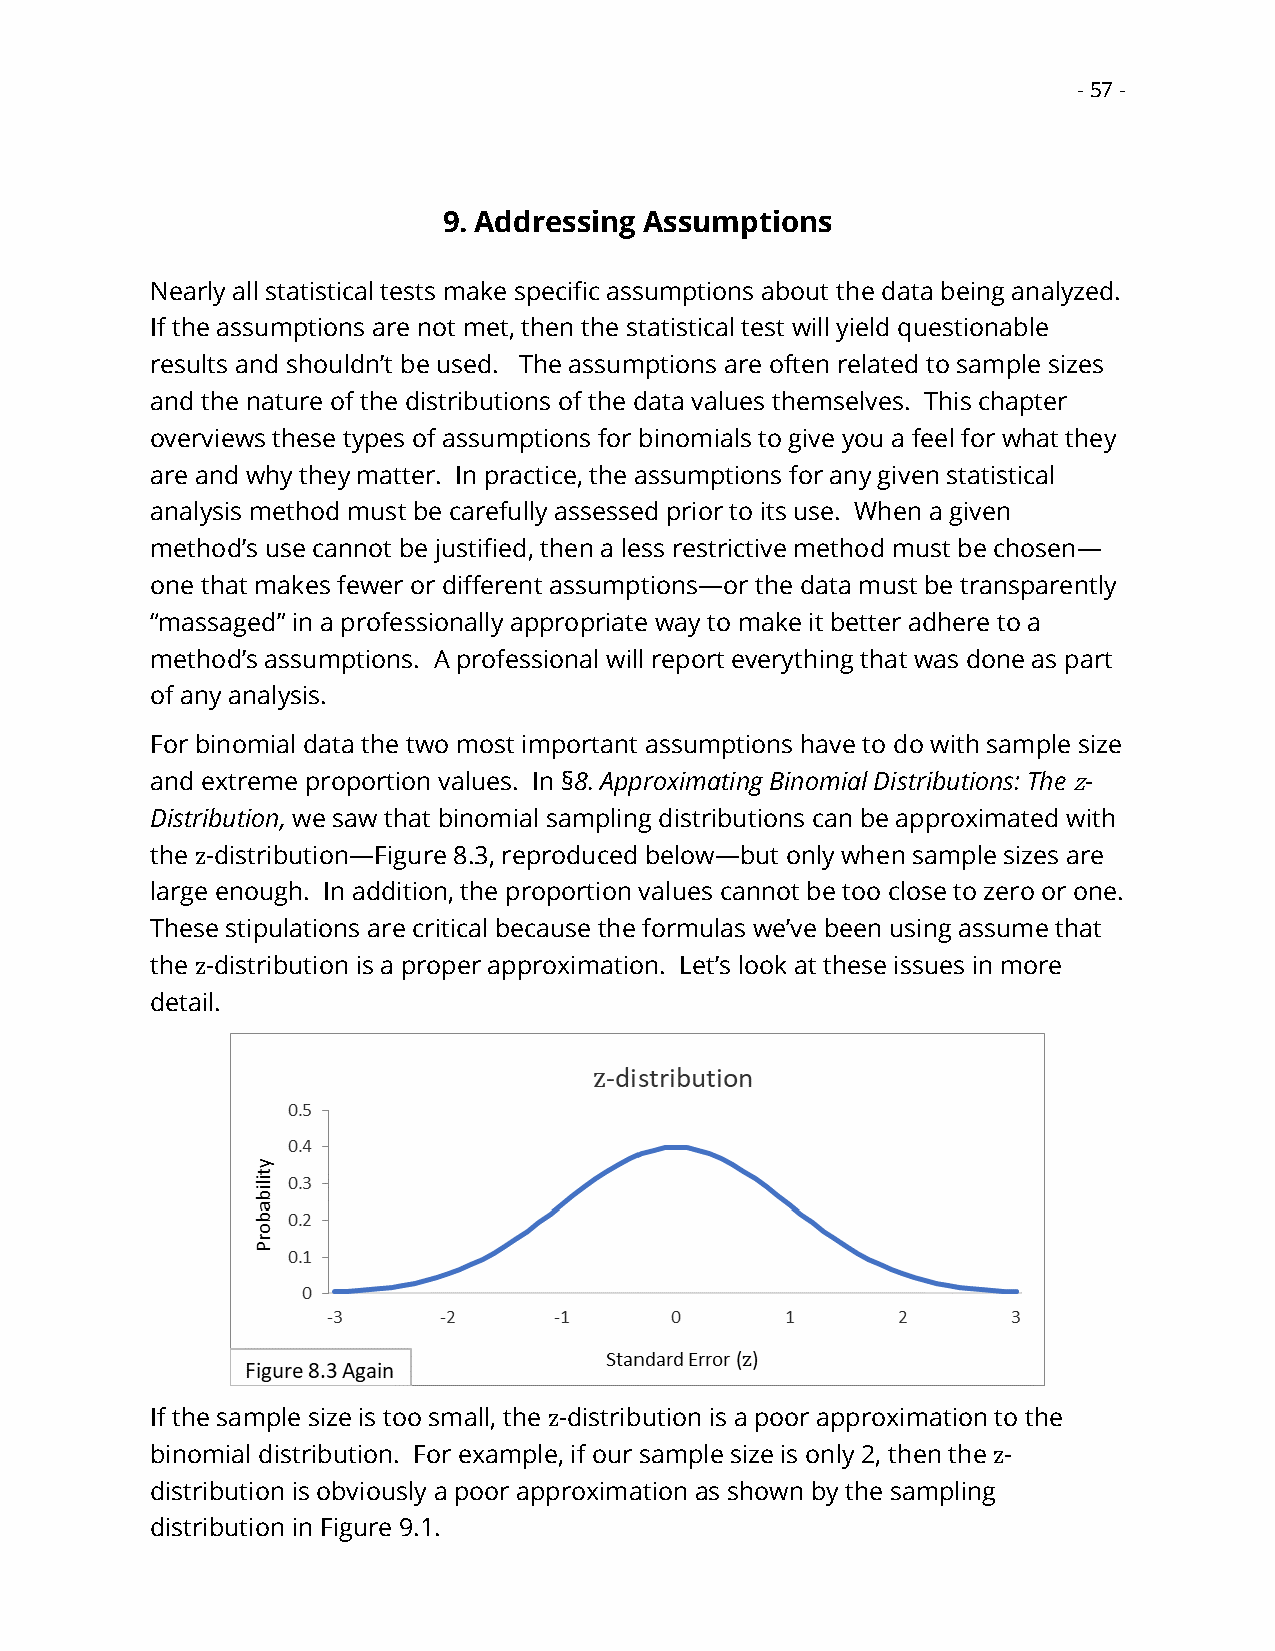
- 57 -
 9. Addressing Assumptions
 Nearly all statistical tests make specific assumptions about the data being analyzed.
 If the assumptions are not met, then the statistical test will yield questionable
 results and shouldn’t be used. The assumptions are often related to sample sizes
 and the nature of the distributions of the data values themselves. This chapter
 overviews these types of assumptions for binomials to give you a feel for what they
 are and why they matter. In practice, the assumptions for any given statistical
 analysis method must be carefully assessed prior to its use. When a given
 method’s use cannot be justified, then a less restrictive method must be chosen—
 one that makes fewer or different assumptions—or the data must be transparently
 “massaged” in a professionally appropriate way to make it better adhere to a
 method’s assumptions. A professional will report everything that was done as part
 of any analysis.
 For binomial data the two most important assumptions have to do with sample size
 and extreme proportion values. In §8. Approximating Binomial Distributions: The z-
 Distribution, we saw that binomial sampling distributions can be approximated with
 the z-distribution—Figure 8.3, reproduced below—but only when sample sizes are
 large enough. In addition, the proportion values cannot be too close to zero or one.
 These stipulations are critical because the formulas we’ve been using assume that
 the z-distribution is a proper approximation. Let’s look at these issues in more
 detail.
 If the sample size is too small, the z-distribution is a poor approximation to the
 binomial distribution. For example, if our sample size is only 2, then the z-
 distribution is obviously a poor approximation as shown by the sampling
 distribution in Figure 9.1.